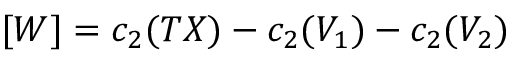
[ W ] = c _ { 2 } ( T X ) - c _ { 2 } ( V _ { 1 } ) - c _ { 2 } ( V _ { 2 } )